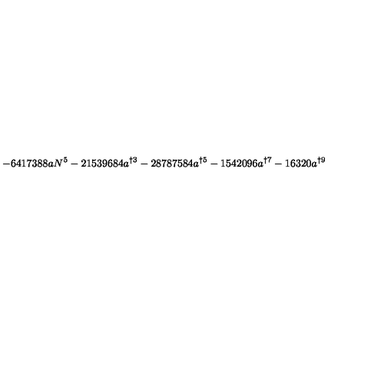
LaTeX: - 6 4 1 7 3 8 8 a N ^ { 5 } - 2 1 5 3 9 6 8 4 a ^ { \dag 3 } - 2 8 7 8 7 5 8 4 a ^ { \dag 5 } - 1 5 4 2 0 9 6 a ^ { \dag 7 } - 1 6 3 2 0 a ^ { \dag 9 }